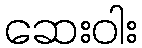
ဆေးဝါး